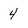
Character: 4